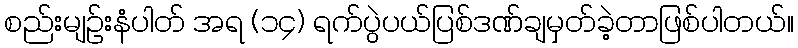
စည်းမျဉ်းနံပါတ် အရ (၁၄) ရက်ပွဲပယ်ပြစ်ဒဏ်ချမှတ်ခဲ့တာဖြစ်ပါတယ်။